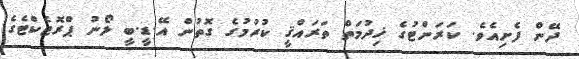
ދޭން ފެށިއެވެ. ކަރަންޓުގެ ޚިދުމަތް ތަރައްޤީ ކުރުމުގެ ގޮތުން އޭ.ޑީ.ބީ ލޯނު ޕްރޮޖެކްޓެގެ